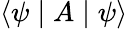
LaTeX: \langle\psi\mid A\mid\psi\rangle